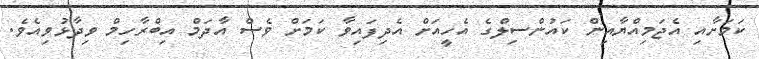
ކަމަށާއި އެޖަމިއްޔާއިން ކައުންސިލްގެ އެހީއަށް އެދިފައިވާ ކަމަށް ވެސް އާދަމް އިބްރާހިމް ވިދާޅުވިއެވެ.